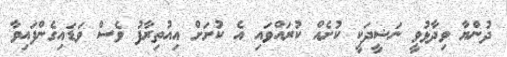
ދުންޔާ ވިދާޅުވީ ނަޝީދަކީ ކުށެއް ކުރައްވައި އެ ކުށަށް އިއުތިރާފު ވެސް ވަޑައިގެންފައިވާ